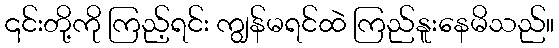
၎င်းတို့ကို ကြည့်ရင်း ကျွန်မရင်ထဲ ကြည်နူးနေမိသည်။